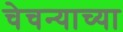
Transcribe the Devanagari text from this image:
चेचन्याच्या